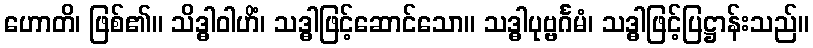
ဟောတိ၊ ဖြစ်၏။ သိဒ္ဓါဝါဟိံ၊ သဒ္ဓါဖြင့်ဆောင်သော။ သဒ္ဓါပုဗ္ဗင်္ဂမံ၊ သဒ္ဓါဖြင့်ပြဋ္ဌာန်းသည်။